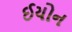
ઈયોન